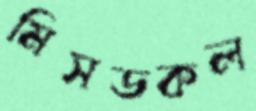
মিসডকল